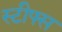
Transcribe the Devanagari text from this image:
स्टीफ्स